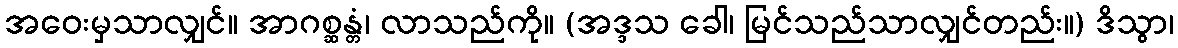
အဝေးမှသာလျှင်။ အာဂစ္ဆန္တံ၊ လာသည်ကို။ (အဒ္ဒသ ခေါ၊ မြင်သည်သာလျှင်တည်း။) ဒိသွာ၊